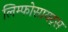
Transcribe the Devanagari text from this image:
लिम्फोसायट्स